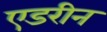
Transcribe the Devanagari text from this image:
एडरीन